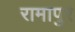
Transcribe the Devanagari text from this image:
रामापुर